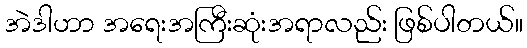
အဲဒါဟာ အရေးအကြီးဆုံးအရာလည်း ဖြစ်ပါတယ်။